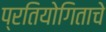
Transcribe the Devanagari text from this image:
प्रतियोगिताचे